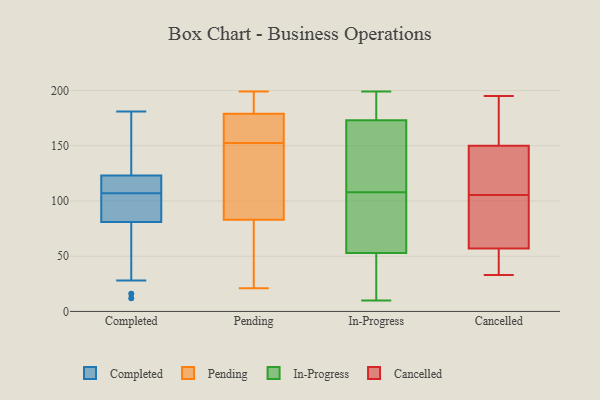
{"axis": {"x": "Temperature (°C)", "y": "Value"}, "legend": ["Cancelled", "Completed", "In-Progress", "Pending"], "data": [{"x": "", "y": 181, "type": "Completed"}, {"x": "", "y": 16, "type": "Completed"}, {"x": "", "y": 123, "type": "Completed"}, {"x": "", "y": 81, "type": "Completed"}, {"x": "", "y": 114, "type": "Completed"}, {"x": "", "y": 170, "type": "Completed"}, {"x": "", "y": 100, "type": "Completed"}, {"x": "", "y": 82, "type": "Completed"}, {"x": "", "y": 137, "type": "Completed"}, {"x": "", "y": 56, "type": "Completed"}, {"x": "", "y": 109, "type": "Completed"}, {"x": "", "y": 96, "type": "Completed"}, {"x": "", "y": 110, "type": "Completed"}, {"x": "", "y": 28, "type": "Completed"}, {"x": "", "y": 161, "type": "Completed"}, {"x": "", "y": 107, "type": "Completed"}, {"x": "", "y": 107, "type": "Completed"}, {"x": "", "y": 12, "type": "Completed"}, {"x": "", "y": 157, "type": "Pending"}, {"x": "", "y": 153, "type": "Pending"}, {"x": "", "y": 187, "type": "Pending"}, {"x": "", "y": 188, "type": "Pending"}, {"x": "", "y": 83, "type": "Pending"}, {"x": "", "y": 30, "type": "Pending"}, {"x": "", "y": 83, "type": "Pending"}, {"x": "", "y": 71, "type": "Pending"}, {"x": "", "y": 199, "type": "Pending"}, {"x": "", "y": 166, "type": "Pending"}, {"x": "", "y": 119, "type": "Pending"}, {"x": "", "y": 179, "type": "Pending"}, {"x": "", "y": 128, "type": "Pending"}, {"x": "", "y": 72, "type": "Pending"}, {"x": "", "y": 194, "type": "Pending"}, {"x": "", "y": 21, "type": "Pending"}, {"x": "", "y": 152, "type": "Pending"}, {"x": "", "y": 155, "type": "Pending"}, {"x": "", "y": 83, "type": "In-Progress"}, {"x": "", "y": 199, "type": "In-Progress"}, {"x": "", "y": 128, "type": "In-Progress"}, {"x": "", "y": 52, "type": "In-Progress"}, {"x": "", "y": 10, "type": "In-Progress"}, {"x": "", "y": 184, "type": "In-Progress"}, {"x": "", "y": 143, "type": "In-Progress"}, {"x": "", "y": 183, "type": "In-Progress"}, {"x": "", "y": 31, "type": "In-Progress"}, {"x": "", "y": 108, "type": "In-Progress"}, {"x": "", "y": 56, "type": "In-Progress"}, {"x": "", "y": 150, "type": "Cancelled"}, {"x": "", "y": 141, "type": "Cancelled"}, {"x": "", "y": 195, "type": "Cancelled"}, {"x": "", "y": 76, "type": "Cancelled"}, {"x": "", "y": 33, "type": "Cancelled"}, {"x": "", "y": 57, "type": "Cancelled"}, {"x": "", "y": 105, "type": "Cancelled"}, {"x": "", "y": 44, "type": "Cancelled"}, {"x": "", "y": 80, "type": "Cancelled"}, {"x": "", "y": 52, "type": "Cancelled"}, {"x": "", "y": 175, "type": "Cancelled"}, {"x": "", "y": 106, "type": "Cancelled"}, {"x": "", "y": 49, "type": "Cancelled"}, {"x": "", "y": 128, "type": "Cancelled"}, {"x": "", "y": 83, "type": "Cancelled"}, {"x": "", "y": 165, "type": "Cancelled"}, {"x": "", "y": 166, "type": "Cancelled"}, {"x": "", "y": 127, "type": "Cancelled"}]}